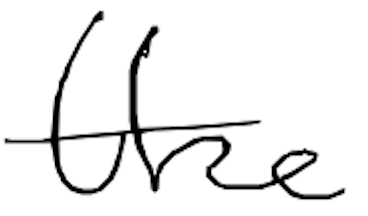
Text: the
Cross-out: clean
Writing tool: digital_black